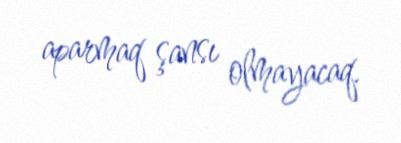
aparmaq şansı olmayacaq.